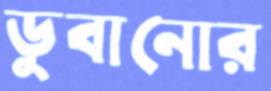
ডুবানোর